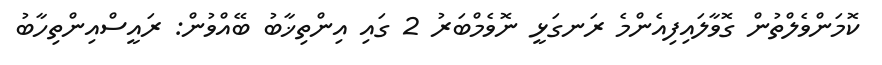
ކޮމަންވެލްތުން ގޮވާލައިފިއެންމެ ރަނގަޅީ ނޮވެމްބަރު 2 ގައި އިންތިޚާބު ބޭއްވުން: ރައީސްއިންތިހާބު